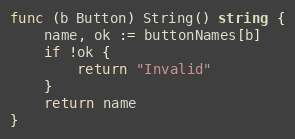
Language: Go
func (b Button) String() string {
	name, ok := buttonNames[b]
	if !ok {
		return "Invalid"
	}
	return name
}